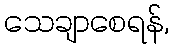
သေချာစေရန်,